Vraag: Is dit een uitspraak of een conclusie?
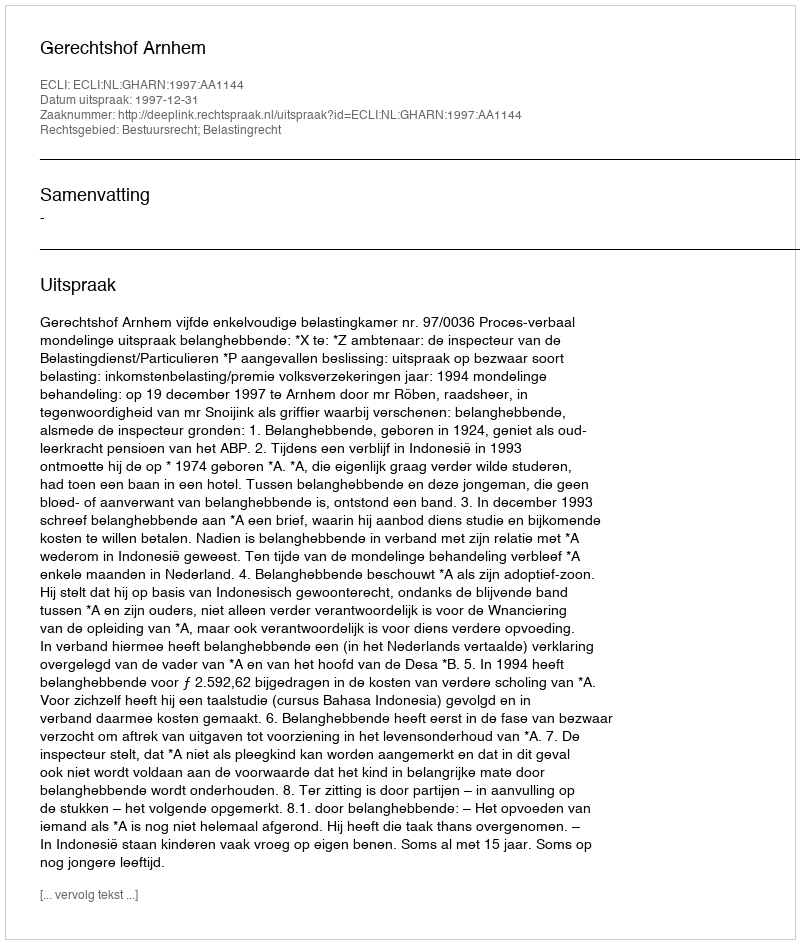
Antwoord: Uitspraak